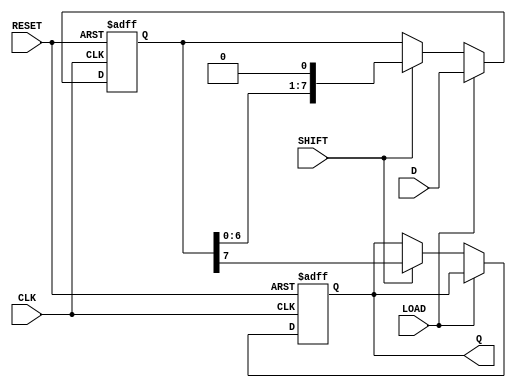
module PISO_Register (
    input wire [7:0] D,      // 8-bit parallel data input
    input wire LOAD,         // Load control signal
    input wire SHIFT,        // Shift control signal
    input wire CLK,          // Clock signal
    input wire RESET,        // Asynchronous reset signal
    output reg Q             // Serial output
);

    reg [7:0] shift_reg;     // Internal shift register

    always @(posedge CLK or posedge RESET) begin
        if (RESET) begin
            shift_reg <= 8'b0; // Clear the register on reset
            Q <= 1'b0;         // Clear the output on reset
        end else if (LOAD) begin
            shift_reg <= D;    // Load data in parallel
        end else if (SHIFT) begin
            Q <= shift_reg[7]; // Output the MSB
            shift_reg <= {shift_reg[6:0], 1'b0}; // Shift right and fill LSB with 0
        end
    end

endmodule